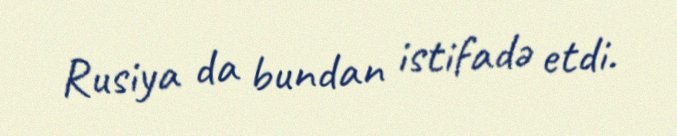
Rusiya da bundan istifadə etdi.